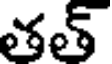
తత్